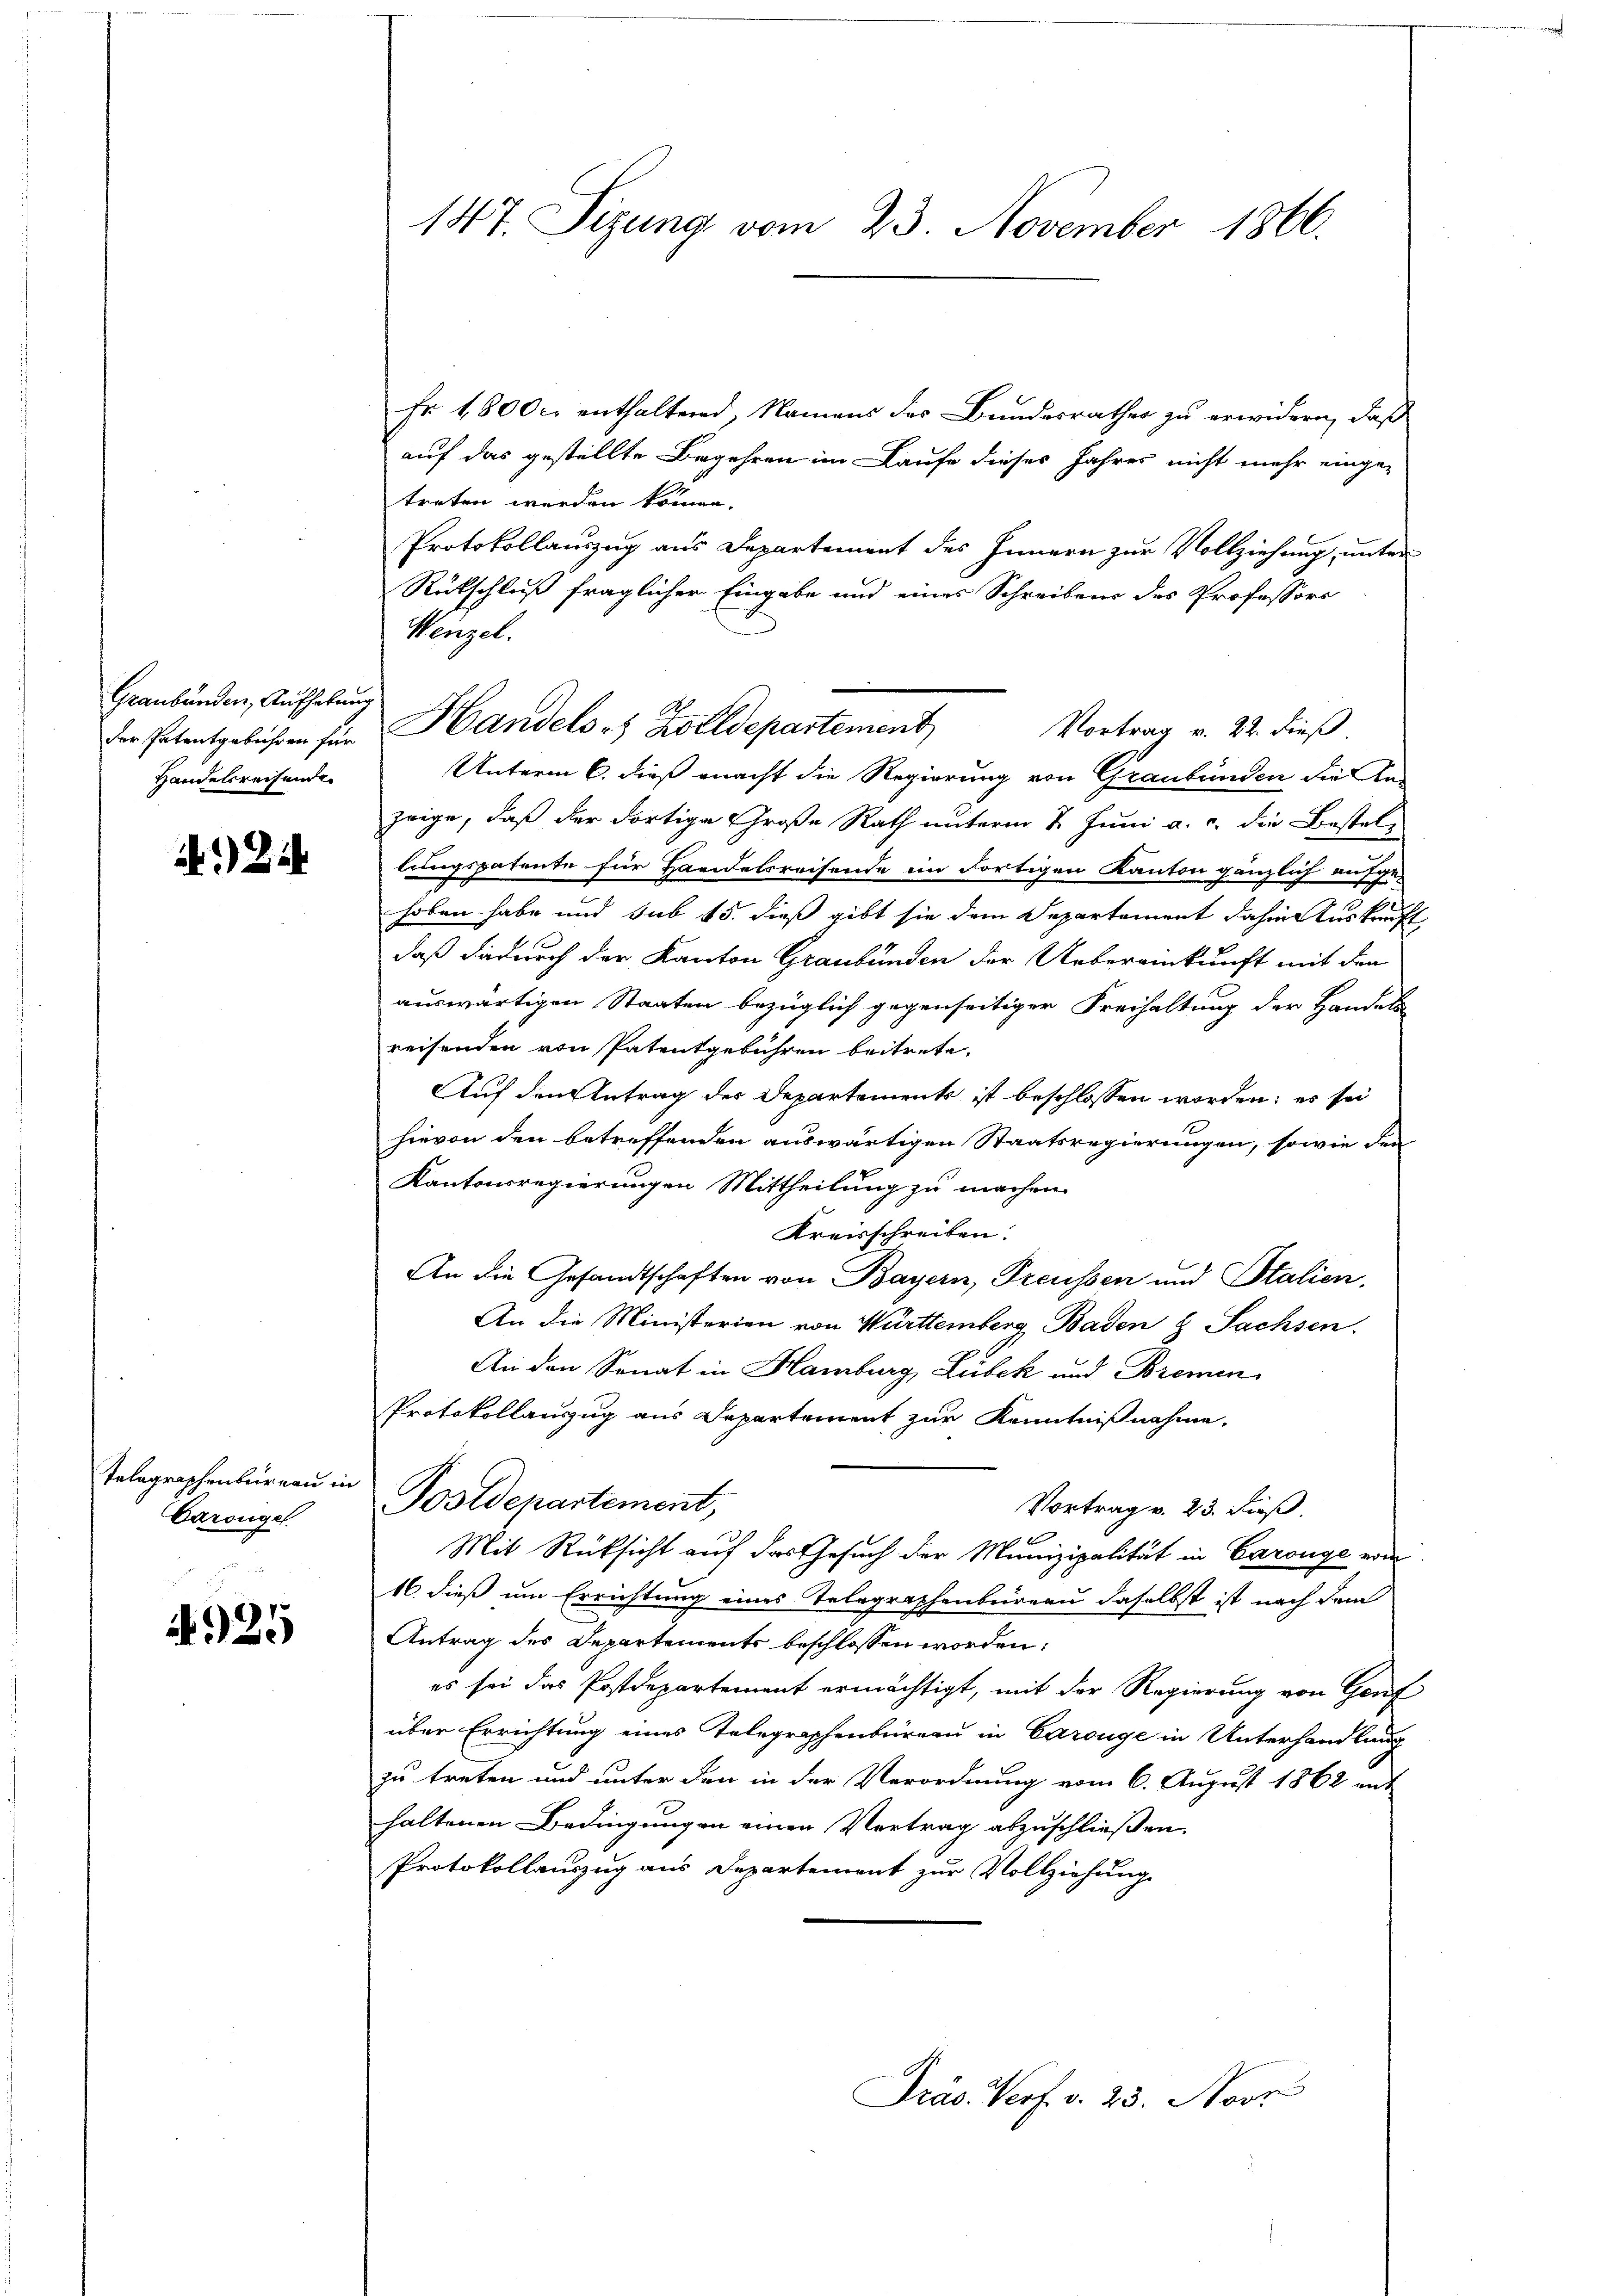
Graubünden, Aufhebung
der Patentgebühren für
Handelsreisende

)

Telegraphenbureau in
Carougel

925

147. Sizung vom 23. November 1866.

Fr. 1800 c. enthaltend, Namens des Bundesrathes zu erwidern, daß
auf das gestellte Begehren im Laufe dieses Jahres nicht mehr einge-
treten werden könne.
Protokollauszug aus Departement des Innern zur Vollziehung, unter
Rückschluß fraglicher Eingabe und eines Schreiben des Professors
Wenzel.
Handels es Zolldepartement
Vortrag v. 22. dieß.
Unterm 6. dieß macht die Regierung von Graubünden die An-
frige, daß der dortige Große Rath unterm 1. Juni a. c. die Bestellungspatente für Handelsreisende in dortigen Kanton gänzlich aufge-
hoben habe und sub 15. dieß gibt sie dem Separtement dahin Auskunft
daß dadurch der Kanton Graubünden der Uebereinkunft mit den
auswärtigen Staaten bezüglich gegenseitiger Freihaltung der Handels
reisenden von Patentgebühren beitrete.
Auf den Antrag des Departements ist beschlossen worden; es sei
hievon den betreffenden auswärtigen Staatsregierungen, sowie den
Kantonsregierungen Mittheilung zu machen.
Kreisschreiben.
An die Gesandtschaften von Bayern, Preussen und Stalien,
An die Ministerien von Württemberg Baden 8 Sachsen.
An den Sonat in Hamburg, Lubek und Bremen
Protokollauszug aus Departement zur Kenntnißnahme.
Postdepartement,
Vortrag v. 23. dieß.
Mit Rücksicht auf das Gesuch der Munizipalität in Carouge vom
16. dieß um Errichtung eines Telegraphenbeireau daselbst ist nach dem
Antrag des Departements beschlossen worden:
es sei das Postdepartement ermächtigt, mit der Regierung von Genf
über Errichtung eines Telegraphenbüreau in Carouge in Unterhandlung
zu treten und unter den in der Verordnung vom 6. August 1862 ent
haltenen Bedingungen einen Vertrag abzuschließen.
Protokollauszug aus Departement zur Vollziehung
Dräs. Verf. v. 23. Nove